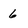
Character: 6